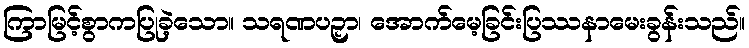
ကြာမြင့်စွာကပြုခဲ့သော။ သရဏပဉှာ၊ အောက်မေ့ခြင်းပြဿနာမေးခွန်းသည်။